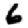
Digit: 6